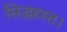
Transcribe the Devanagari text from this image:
सिद्धहस्त।